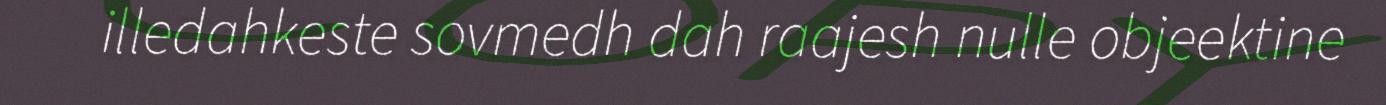
illedahkeste sovmedh dah raajesh nulle objeektine